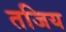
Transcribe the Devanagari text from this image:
तजिय